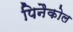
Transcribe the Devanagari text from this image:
पिनैकोल